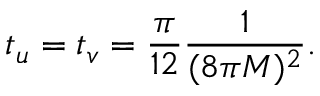
t _ { u } = t _ { v } = { \frac { \pi } { 1 2 } } { \frac { 1 } { ( 8 \pi M ) ^ { 2 } } } .